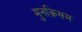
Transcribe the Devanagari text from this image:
मुनक़िसम